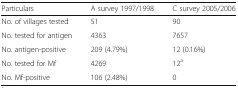
| Particulars | A survey 1997/1998 | C survey 2005/2006 |
 | --- | --- | --- |
 | No. of villages tested | 51 | 90 |
 | No. tested for antigen | 4363 | 7657 |
 | No. antigen-positive | 209 (4.79%) | 12 (0.16%) |
 | No. tested for Mf | 4269 | 12a |
 | No. Mf-positive | 106 (2.48%) | 0 |